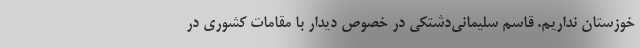
خوزستان نداریم. قاسم سلیمانی‌دشتکی در خصوص دیدار با مقامات کشوری در